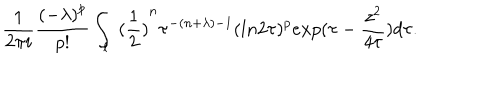
LaTeX: \frac { 1 } { 2 \pi i } \frac { { ( - \lambda ) } ^ { p } } { p ! } \int _ { l } { \ ( \frac { 1 } { 2 } ) } ^ { n } \tau ^ { - ( n + \lambda ) - 1 } ( l n 2 \tau ) ^ { p } e x p ( \tau - \frac { z ^ { 2 } } { 4 \tau } ) d \tau .